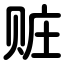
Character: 赃